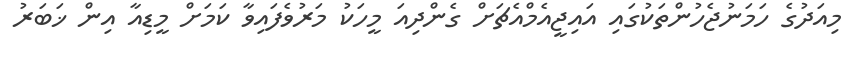
މިއަދުގެ ހަމަނުޖެހުންތަކުގައި އައިޖީއެމްއެޗަށް ގެންދިއަ މީހަކު މަރުވެފައިވާ ކަމަށް މީޑިއާ އިން ޚަބަރު